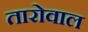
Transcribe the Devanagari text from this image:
तारोवाल